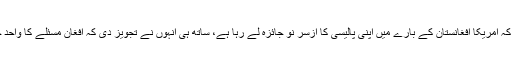
نفیس زکریا نے بتایا کہ امریکا افغانستان کے بارے میں اپنی پالیسی کا ازسر نو جائزہ لے رہا ہے، ساتھ ہی انہوں نے تجویز دی کہ افغان مسئلے کا واحد حل مذاکرات میں ہے۔